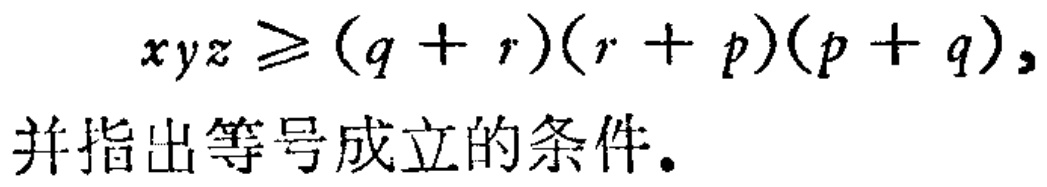
\(xyz\geqslant (q + r)(r + p)(p + q),\)
并指出等号成立的条件。